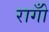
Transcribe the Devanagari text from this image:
रागोँ